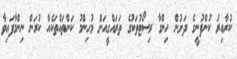
ކުރާއިރު ކުންފުނީގެ ދަށުން ހިންގާ ރިސޯޓުތަކުގެ ތަރައްގީއަށް މުހިންމު ކަންތައްތަކެއް ކުރަން ނިންމާފައިވާ